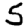
Digit: 5